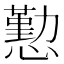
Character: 懃